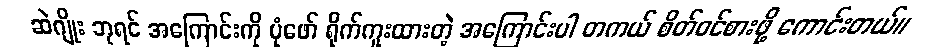
ဆဲဂျိုး ဘုရင် အကြောင်းကို ပုံဖော် ရိုက်ကူးထားတဲ့ အကြောင်းပါ တကယ် စိတ်ဝင်စားဖို့ ကောင်းတယ်။